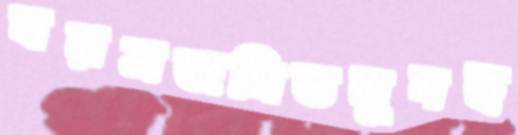
বয়সজনিতমুদছ